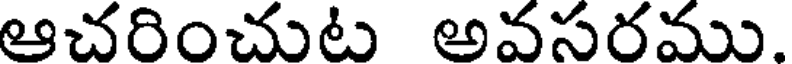
ఆచరించుట అవసరము.